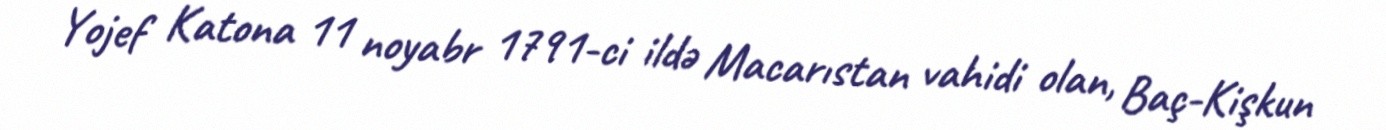
Yojef Katona 11 noyabr 1791-ci ildə Macarıstan vahidi olan, Baç-Kişkun